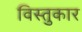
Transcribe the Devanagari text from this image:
विस्तुकार